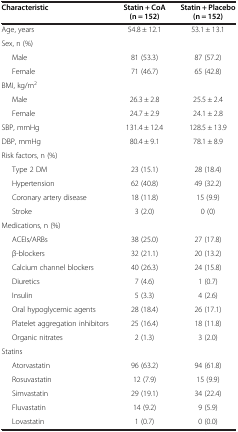
<table><thead><tr><td><b>Characteristic</b></td><td><b>Statin + CoA (n = 152)</b></td><td><b>Statin + Placebo (n = 152)</b></td></tr></thead><tbody><tr><td>Age, years</td><td>54.8 ± 12.1</td><td>53.1 ± 13.1</td></tr><tr><td>Sex, n (%)</td><td> </td><td> </td></tr><tr><td>Male</td><td>81 (53.3)</td><td>87 (57.2)</td></tr><tr><td>Female</td><td>71 (46.7)</td><td>65 (42.8)</td></tr><tr><td>BMI, kg/m<sup>2</sup></td><td> </td><td> </td></tr><tr><td>Male</td><td>26.3 ± 2.8</td><td>25.5 ± 2.4</td></tr><tr><td>Female</td><td>24.7 ± 2.9</td><td>24.1 ± 2.8</td></tr><tr><td>SBP, mmHg</td><td>131.4 ± 12.4</td><td>128.5 ± 13.9</td></tr><tr><td>DBP, mmHg</td><td>80.4 ± 9.1</td><td>78.1 ± 8.9</td></tr><tr><td>Risk factors, n (%)</td><td> </td><td> </td></tr><tr><td>Type 2 DM</td><td>23 (15.1)</td><td>28 (18.4)</td></tr><tr><td>Hypertension</td><td>62 (40.8)</td><td>49 (32.2)</td></tr><tr><td>Coronary artery disease</td><td>18 (11.8)</td><td>15 (9.9)</td></tr><tr><td>Stroke</td><td>3 (2.0)</td><td>0 (0)</td></tr><tr><td>Medications, n (%)</td><td> </td><td> </td></tr><tr><td>ACEIs/ARBs</td><td>38 (25.0)</td><td>27 (17.8)</td></tr><tr><td>β-blockers</td><td>32 (21.1)</td><td>20 (13.2)</td></tr><tr><td>Calcium channel blockers</td><td>40 (26.3)</td><td>24 (15.8)</td></tr><tr><td>Diuretics</td><td>7 (4.6)</td><td>1 (0.7)</td></tr><tr><td>Insulin</td><td>5 (3.3)</td><td>4 (2.6)</td></tr><tr><td>Oral hypoglycemic agents</td><td>28 (18.4)</td><td>26 (17.1)</td></tr><tr><td>Platelet aggregation inhibitors</td><td>25 (16.4)</td><td>18 (11.8)</td></tr><tr><td>Organic nitrates</td><td>2 (1.3)</td><td>3 (2.0)</td></tr><tr><td>Statins</td><td> </td><td> </td></tr><tr><td>Atorvastatin</td><td>96 (63.2)</td><td>94 (61.8)</td></tr><tr><td>Rosuvastatin</td><td>12 (7.9)</td><td>15 (9.9)</td></tr><tr><td>Simvastatin</td><td>29 (19.1)</td><td>34 (22.4)</td></tr><tr><td>Fluvastatin</td><td>14 (9.2)</td><td>9 (5.9)</td></tr><tr><td>Lovastatin</td><td>1 (0.7)</td><td>0 (0.0)</td></tr></tbody></table>